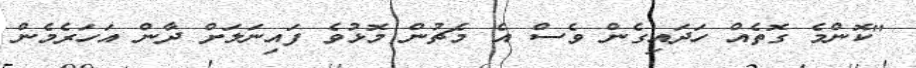
"ކޮންމެ ގޮތެއް ހަދައިގެން ވެސް އެ މެޗުން މޮޅުވެ ފައިނަލަށް ދާން އަހަރެމެން